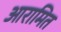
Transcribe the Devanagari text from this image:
आरामित